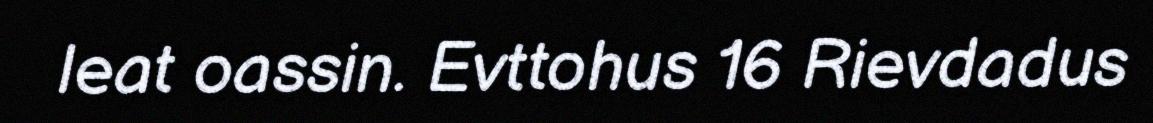
leat oassin. Evttohus 16 Rievdadus